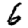
Digit: 6